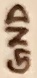
Text: GND